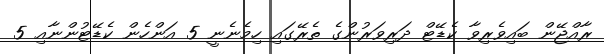
ރާއްޖޭން ބައިވެރިވާ ކެޑޭޓް ދަރިވަރުންގެ ތެރޭގައި ހިމެނެނީ 5 އަންހެން ކެޑޭޓުންނާއި 5